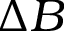
\Delta B